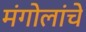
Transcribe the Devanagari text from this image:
मंगोलांचे